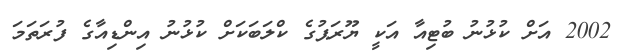
2002 އަށް ކުޅުނު ބުޓިއާ އަކީ ޔޫރަޕުގެ ކްލަބަކަށް ކުޅުނު އިންޑިއާގެ ފުރަތަމަ